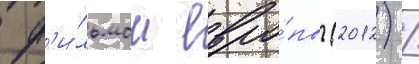
ф'и́льмом евро́пы (2012) /